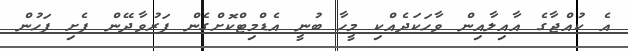
އެ ކުއްޖާގެ އާއިލާއިން ވާހަކަދެއްކި މީހާ ބުނީ އެޑްމިޓްކޮށްގެން ފަރުވާދޭން ފެށި ފަހުން